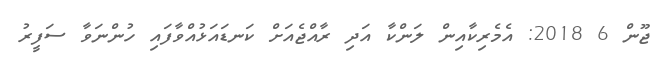
ޖޫން 6 2018: އެމެރިކާއިން ލަންކާ އަދި ރާއްޖެއަށް ކަނޑައަޅުއްވާފައި ހުންނަވާ ސަފީރު